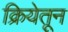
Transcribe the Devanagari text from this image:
क्रियेतून